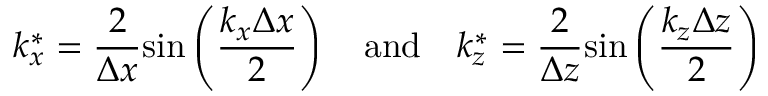
k _ { x } ^ { * } = \frac { 2 } { \Delta x } \mathrm { s i n } \left( \frac { k _ { x } \Delta x } { 2 } \right) \quad \mathrm { a n d } \quad k _ { z } ^ { * } = \frac { 2 } { \Delta z } \mathrm { s i n } \left( \frac { k _ { z } \Delta z } { 2 } \right)